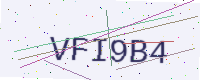
Text: VFI9B4